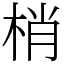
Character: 梢